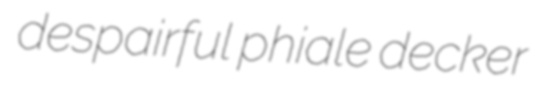
despairful phiale decker